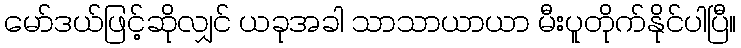
မော်ဒယ်ဖြင့်ဆိုလျှင် ယခုအခါ သာသာယာယာ မီးပူတိုက်နိုင်ပါပြီ။